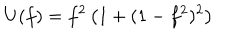
U ( f ) = f ^ { 2 } \left( 1 + ( 1 - f ^ { 2 } ) ^ { 2 } \right)